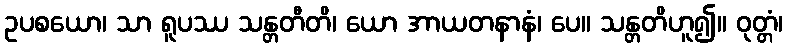
ဥပစယော၊ သာ ရူပဿ သန္တတီတိ၊ ယော အာယတနာနံ၊ ပေ။ သန္တတိဟူ၍။ ဝုတ္တံ၊